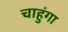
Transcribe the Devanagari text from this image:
चाहुंगा